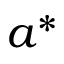
a ^ { * }